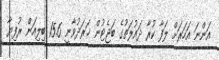
އަންނަ އަހަރަށް ލަފާ ކުރާ ދައުލަތުގެ ބަޖެޓުން ޚަރަދުވާނީ 15.6 ބިލިއަން ރުފިޔާ